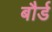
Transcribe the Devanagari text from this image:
बौर्ड